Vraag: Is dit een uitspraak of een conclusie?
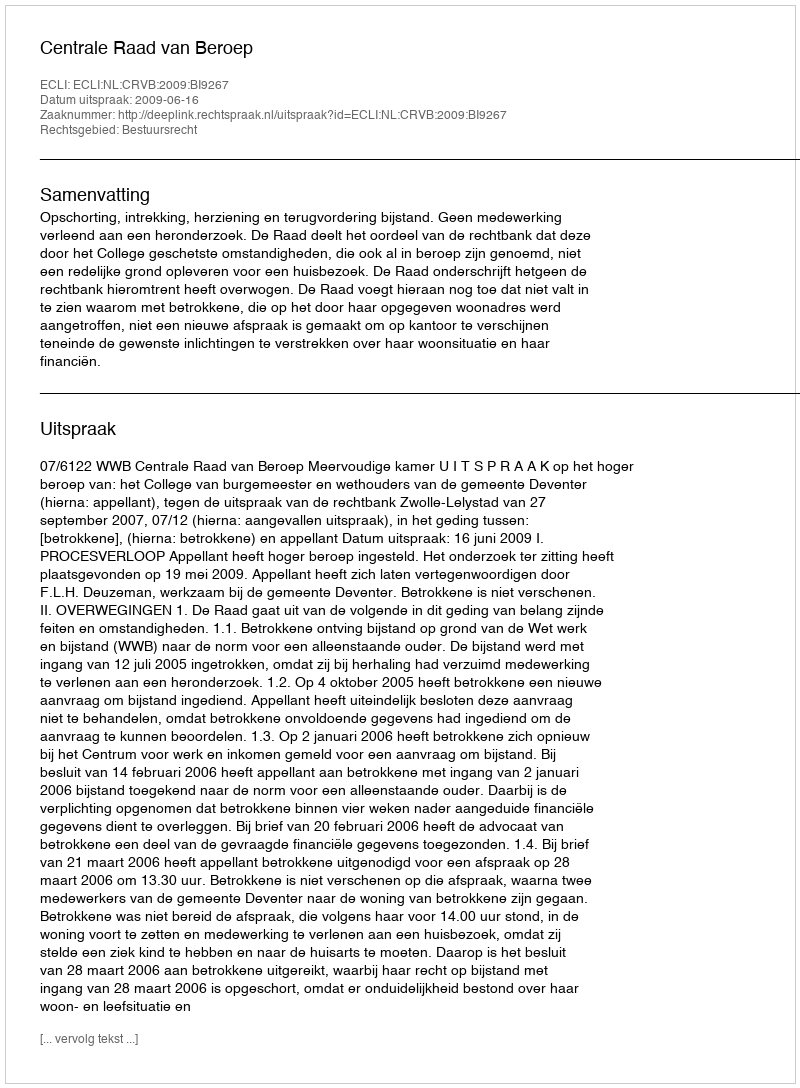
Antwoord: Uitspraak